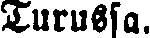
Turussa.